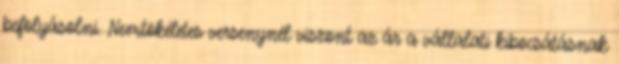
befolyásolni. Nemtökéletes versenynél viszont az ár a vállalati kibocsátásnak